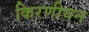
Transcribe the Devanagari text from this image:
किरणीयन